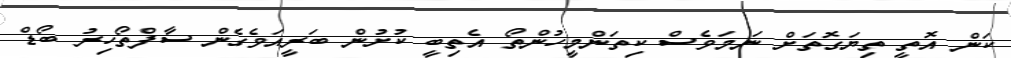
ކަން އޮތީ ތިޔަގޮތަށް ނަމަވެސް ކިތަންމީހުންތޯ އެތިބީ ކުށުން ބަރީއަވެގެން ސާފްތޯހިރު ބޯޑް